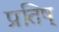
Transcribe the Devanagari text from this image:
प्रतिष्